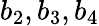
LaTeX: b_{2},b_{3},b_{4}